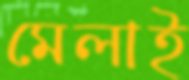
মেলাই